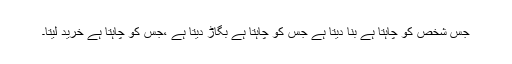
جس شخص کو چاہتا ہے بنا دیتا ہے جس کو چاہتا ہے بگاڑ دیتا ہے ،جس کو چاہتا ہے خرید لیتا۔